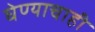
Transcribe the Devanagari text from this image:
घेण्याचाही